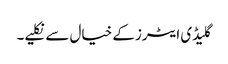
گلیڈی ایٹرز کے خیال سے نکلیے۔